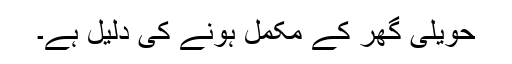
حویلی گھر کے مکمل ہونے کی دلیل ہے۔